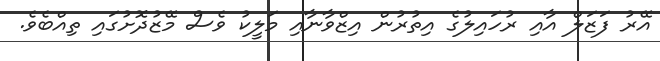
އޭރު ފަޒަލް އާއި ރުހައިލުގެ އިތުރުން އިޒްވާނާއި މަލީކު ވެސް މޭޒުދޮށުގައި ތިއްބެވެ.